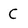
Character: C